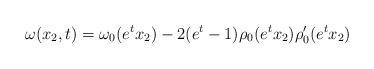
\begin{align*}\omega(x_2,t) = \omega_0(e^tx_2) - 2(e^t-1)\rho_0(e^tx_2)\rho_0'(e^tx_2)\end{align*}